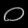
Digit: ၀